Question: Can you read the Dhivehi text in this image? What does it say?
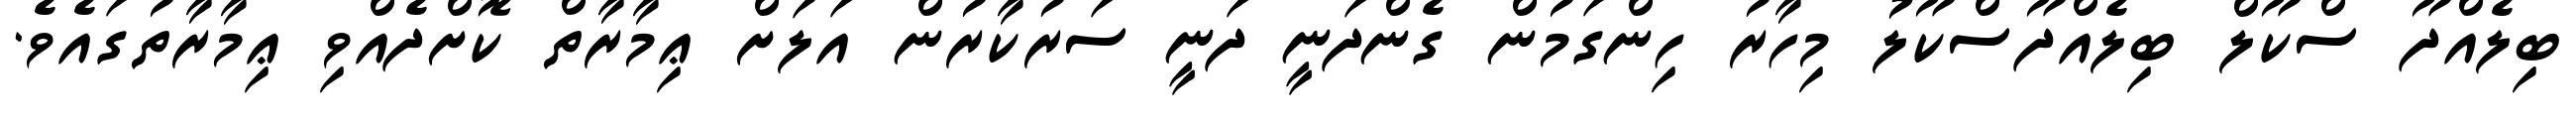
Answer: ބިލެއްދޫ ސްކޫލް ބިލެއްދޫސްކޫލު މިހާރު ހިންގަމުން ގެންދަނީ ދަނީ ސަރުކާރުން އަލަށް ޢިމާރާތް ކޮށްދެއްވި ޢިމާރާތުގައެވެ.